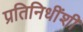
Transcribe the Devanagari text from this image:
प्रतिनिधींशी